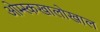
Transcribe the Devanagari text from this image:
ओम्स्कखालोखाल